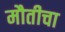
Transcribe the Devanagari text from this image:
मौतीचा